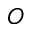
O